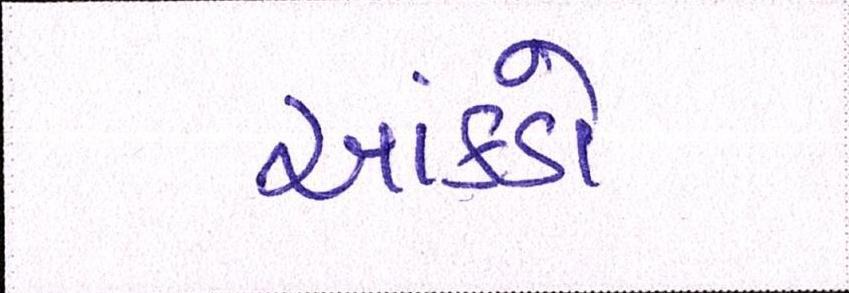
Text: આંકડો